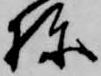
棟